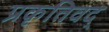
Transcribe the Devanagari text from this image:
प्रकृतिवद्